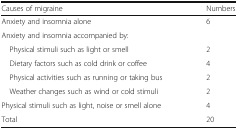
| Causes of migraine | Numbers |
 | --- | --- |
 | Anxiety and insomnia alone | 6 |
 | <COLSPAN=2> Anxiety and insomnia accompanied by: |
 | Physical stimuli such as light or smell | 2 |
 | Dietary factors such as cold drink or coffee | 4 |
 | Physical activities such as running or taking bus | 2 |
 | Weather changes such as wind or cold stimuli | 2 |
 | Physical stimuli such as light, noise or smell alone | 4 |
 | Total | 20 |